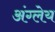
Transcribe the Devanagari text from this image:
अंग्लेय